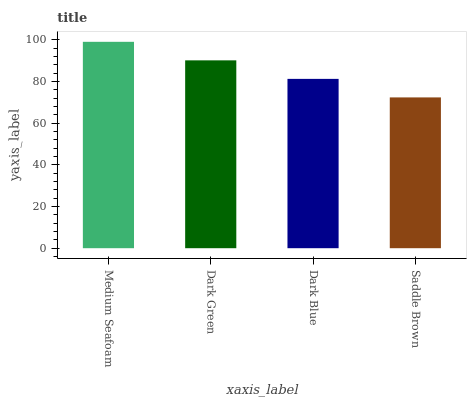
| xaxis_label | bars |
 | --- | --- |
 | Medium Seafoam | 99 |
 | Dark Green | 90.1 |
 | Dark Blue | 81.2 |
 | Saddle Brown | 72.3 |